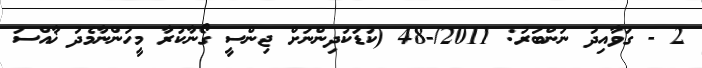
2 - ގަވާއިދު ނަންބަރު: 2011/-48 (ކުޑަކުދިންނަށް ޖިންސީ ގޯނާކުރާ މީހުންނާމެދު ޚާއްސަ